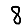
Digit: 8